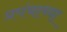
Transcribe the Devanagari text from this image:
प्रपंचाच्या